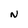
Character: N